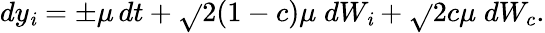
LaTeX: dy_{\mathit{i}}=\pm\mu\, dt+\sqrt{}{{2(1-c)\mu}}\; dW_{\mathit{i}}+\sqrt{}{{2c\mu}}\; dW_{c}.